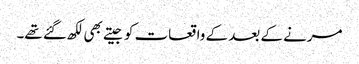
مرنے کے بعد کے واقعات کو جیتے بھی لکھ گئے تھے۔